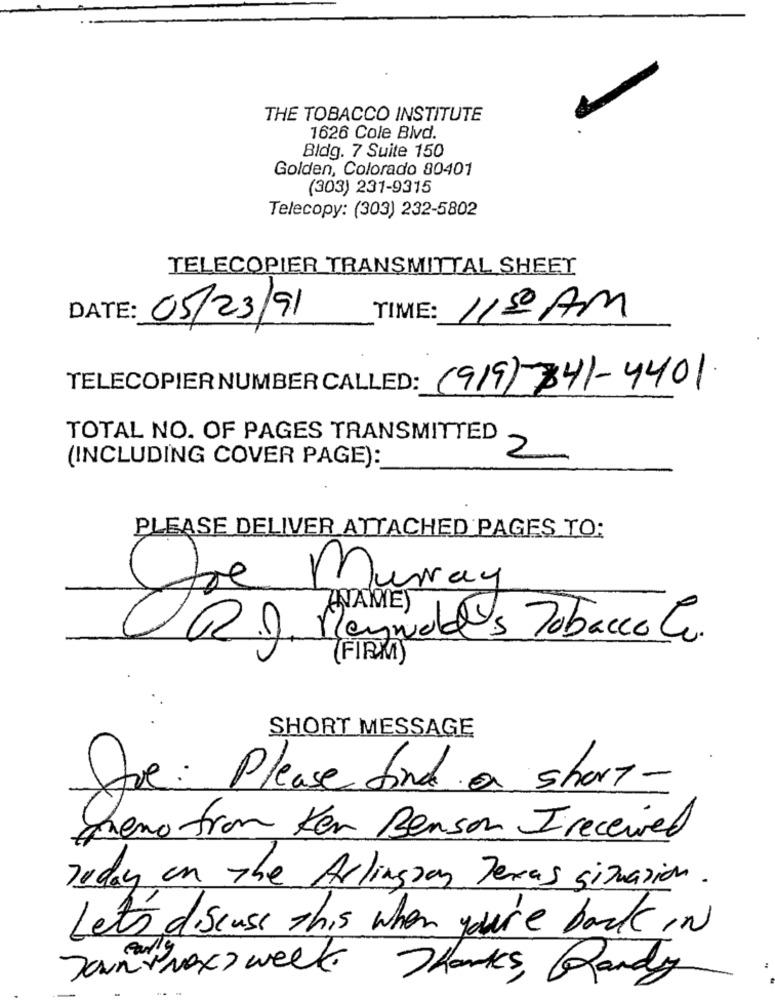
THE TOBACCO INSTITUTE
1626 Cole Blvd.
Bldg. 7 Suite 150
Golden, Colorado 80401
(303) 231-9315
Telecopy: (303) 232-5802
TELECOPIER TRANSMITTAL SHEET
DATE: 05/23/91
TIME:
115 AM
TELECOPIER NUMBER CALLED:
(919)-341-4401
TOTAL NO. OF PAGES TRANSMITTED
(INCLUDING COVER PAGE):
2
PLEASE DELIVER ATTACHED PAGES TO:
Murray
ANAME)
R.J. Reynolds Tobacco Co.
FIRM
SHORT MESSAGE
Joe: Please find a short-
queno from Ken Benson Ireceived
Today en The Arlington Texas situation.
Let's discuss this when you're back IN
Janvnext week.
Thanks, Randy